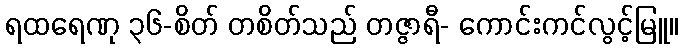
ရထရေဏု ၃၆-စိတ် တစိတ်သည် တဇ္ဇာရီ- ကောင်းကင်လွင့်မြူ။